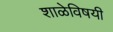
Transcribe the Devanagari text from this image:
शाळेविषयी